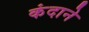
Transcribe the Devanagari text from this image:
कंदाने